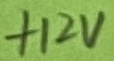
Text: +12V